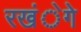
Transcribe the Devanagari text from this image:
रखंेगे